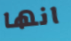
انها